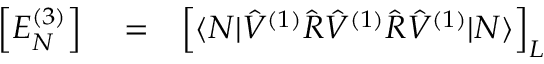
\begin{array} { r l r } { \Big [ E _ { N } ^ { ( 3 ) } \Big ] } & { { } = } & { \Big [ \langle N | \hat { V } ^ { ( 1 ) } \hat { R } \hat { V } ^ { ( 1 ) } \hat { R } \hat { V } ^ { ( 1 ) } | N \rangle \Big ] _ { { L } } } \end{array}